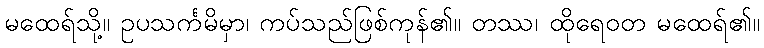
မထေရ်သို့။ ဥပသင်္ကမိမှာ၊ ကပ်သည်ဖြစ်ကုန်၏။ တဿ၊ ထိုရေဝတ မထေရ်၏။